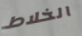
الخلاط